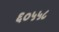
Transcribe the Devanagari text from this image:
६०५५८